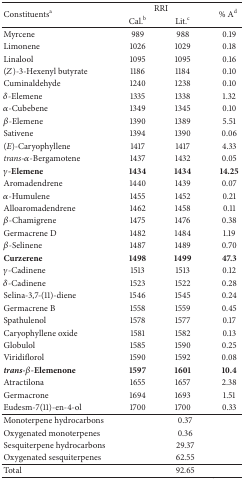
<table><thead><tr><td rowspan="2"><b>Constituents<sup>a</sup></b></td><td colspan="2"><b>RRI</b></td><td><b>% A<sup>d</sup></b></td></tr><tr><td><b>Cal.<sup>b</sup></b></td><td><b>Lit.<sup>c</sup></b></td></tr></thead><tbody><tr><td>Myrcene</td><td>989</td><td>988</td><td>0.19</td></tr><tr><td>Limonene</td><td>1026</td><td>1029</td><td>0.18</td></tr><tr><td>Linalool</td><td>1095</td><td>1095</td><td>0.16</td></tr><tr><td>(<i>Z</i>)-3-Hexenyl butyrate</td><td>1186</td><td>1184</td><td>0.10</td></tr><tr><td>Cuminaldehyde</td><td>1240</td><td>1238</td><td>0.10</td></tr><tr><td><i>δ</i>-Elemene</td><td>1335</td><td>1338</td><td>1.32</td></tr><tr><td><i>α</i>-Cubebene</td><td>1349</td><td>1345</td><td>0.10</td></tr><tr><td><i>β</i>-Elemene</td><td>1390</td><td>1389</td><td>5.51</td></tr><tr><td>Sativene</td><td>1394</td><td>1390</td><td>0.06</td></tr><tr><td>(<i>E</i>)-Caryophyllene</td><td>1417</td><td>1417</td><td>4.33</td></tr><tr><td><i>trans</i>-<i>α</i>-Bergamotene</td><td>1437</td><td>1432</td><td>0.05</td></tr><tr><td><b><i>γ</i>-Elemene</b></td><td><b>1434</b></td><td><b>1434</b></td><td><b>14.25</b></td></tr><tr><td>Aromadendrene</td><td>1440</td><td>1439</td><td>0.07</td></tr><tr><td><i>α</i>-Humulene</td><td>1455</td><td>1452</td><td>0.21</td></tr><tr><td>Alloaromadendrene</td><td>1462</td><td>1458</td><td>0.11</td></tr><tr><td><i>β</i>-Chamigrene</td><td>1475</td><td>1476</td><td>0.38</td></tr><tr><td>Germacrene D</td><td>1482</td><td>1484</td><td>1.19</td></tr><tr><td><i>β</i>-Selinene</td><td>1487</td><td>1489</td><td>0.70</td></tr><tr><td><b>Curzerene</b></td><td><b>1498</b></td><td><b>1499</b></td><td><b>47.3</b></td></tr><tr><td><i>γ</i>-Cadinene</td><td>1513</td><td>1513</td><td>0.12</td></tr><tr><td><i>δ</i>-Cadinene</td><td>1523</td><td>1522</td><td>0.28</td></tr><tr><td>Selina-3,7-(11)-diene</td><td>1546</td><td>1545</td><td>0.24</td></tr><tr><td>Germacrene B</td><td>1558</td><td>1559</td><td>0.45</td></tr><tr><td>Spathulenol</td><td>1578</td><td>1577</td><td>0.17</td></tr><tr><td>Caryophyllene oxide</td><td>1581</td><td>1582</td><td>0.13</td></tr><tr><td>Globulol</td><td>1585</td><td>1590</td><td>0.25</td></tr><tr><td>Viridiflorol</td><td>1590</td><td>1592</td><td>0.08</td></tr><tr><td><b><i>trans</i>-<i>β</i>-Elemenone</b></td><td><b>1597</b></td><td><b>1601</b></td><td><b>10.4</b></td></tr><tr><td>Atractilona</td><td>1655</td><td>1657</td><td>2.38</td></tr><tr><td>Germacrone</td><td>1694</td><td>1693</td><td>1.51</td></tr><tr><td>Eudesm-7(11)-en-4-ol</td><td>1700</td><td>1700</td><td>0.33</td></tr><tr><td>Monoterpene hydrocarbons</td><td colspan="3">0.37</td></tr><tr><td>Oxygenated monoterpenes</td><td colspan="3">0.36</td></tr><tr><td>Sesquiterpene hydrocarbons</td><td colspan="3">29.37</td></tr><tr><td>Oxygenated sesquiterpenes</td><td colspan="3">62.55</td></tr><tr><td>Total</td><td colspan="3">92.65</td></tr></tbody></table>